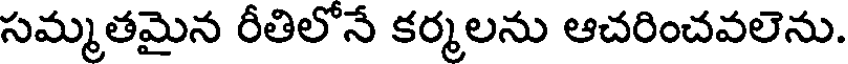
సమ్మతమైన రీతిలోనే కర్మలను ఆచరించవలెను.